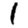
Digit: 1